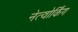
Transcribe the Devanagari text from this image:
नेत्वोर्किंग